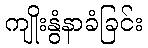
ကျိုးနွံနာခံခြင်း